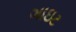
ગાઇટ